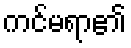
ကင်မရာ၏